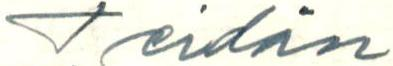
Teidän